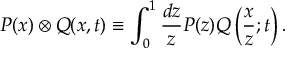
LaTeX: P ( x ) \otimes Q ( x , t ) \equiv \int _ { 0 } ^ { 1 } { \frac { d z } { z } } P ( z ) Q \left( { \frac { x } { z } } ; t \right) .